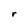
Character: r